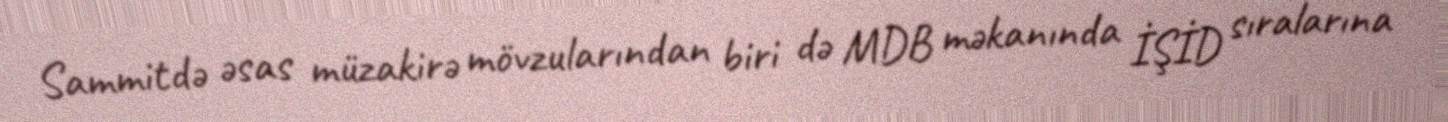
Sammitdə əsas müzakirə mövzularından biri də MDB məkanında İŞİD sıralarına